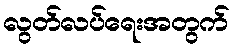
လွတ်လပ်ရေးအတွက်